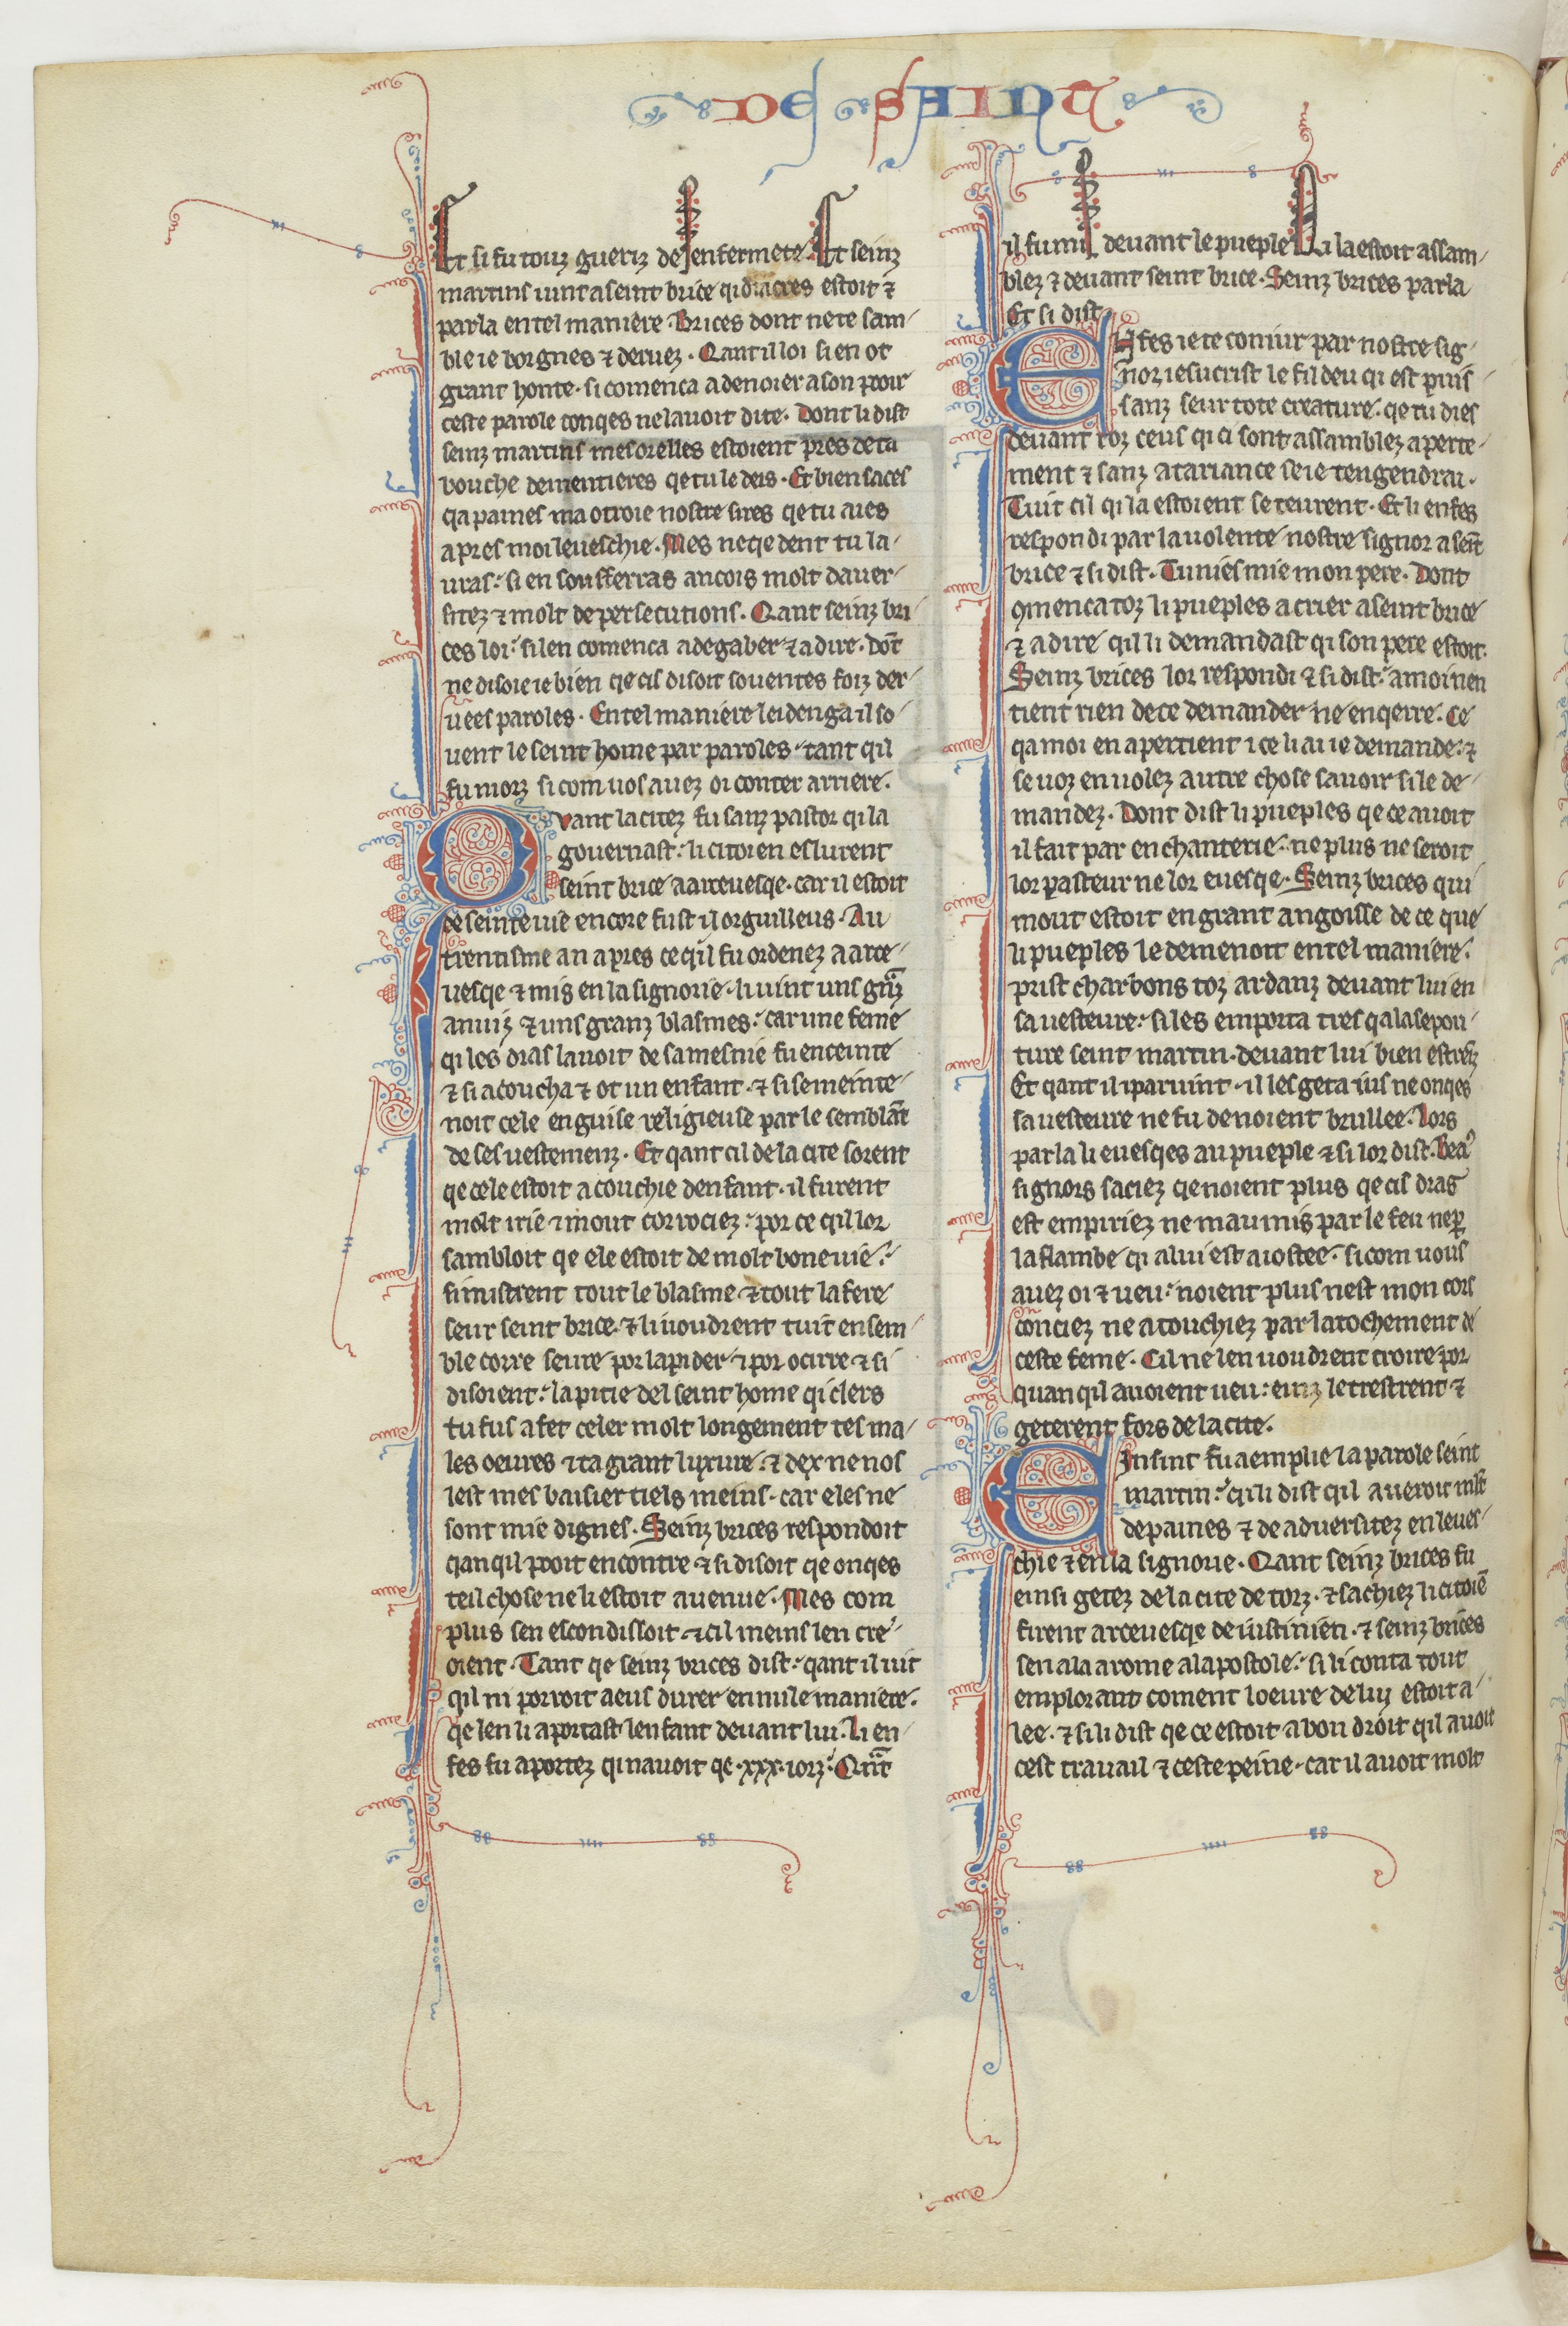
Shelfmark: Paris, BnF, fr. 412
Century: 13